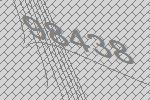
98438